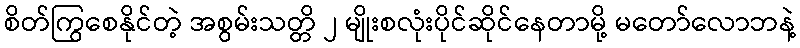
စိတ်ကြွစေနိုင်တဲ့ အစွမ်းသတ္တိ ၂ မျိုးစလုံးပိုင်ဆိုင်နေတာမို့ မတော်လောဘနဲ့